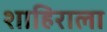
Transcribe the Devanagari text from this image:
शाहिराला